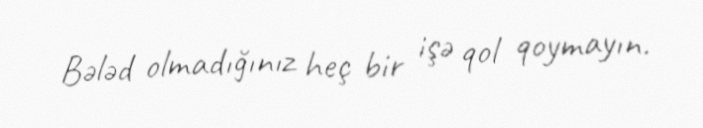
Bələd olmadığınız heç bir işə qol qoymayın.